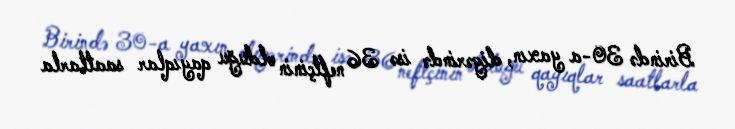
Birində 30-a yaxın, digərində isə 36 neftçinin olduğu qayıqlar saatlarla